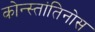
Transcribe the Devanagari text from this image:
कोन्स्तांतिनोस